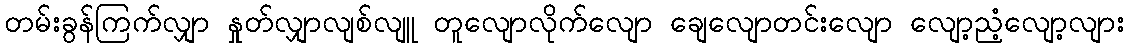
တမ်းခွန်ကြက်လျှာ နှုတ်လျှာလျစ်လျူ တူလျောလိုက်လျော ချေလျောတင်းလျော လျော့ညံ့လျော့လျား